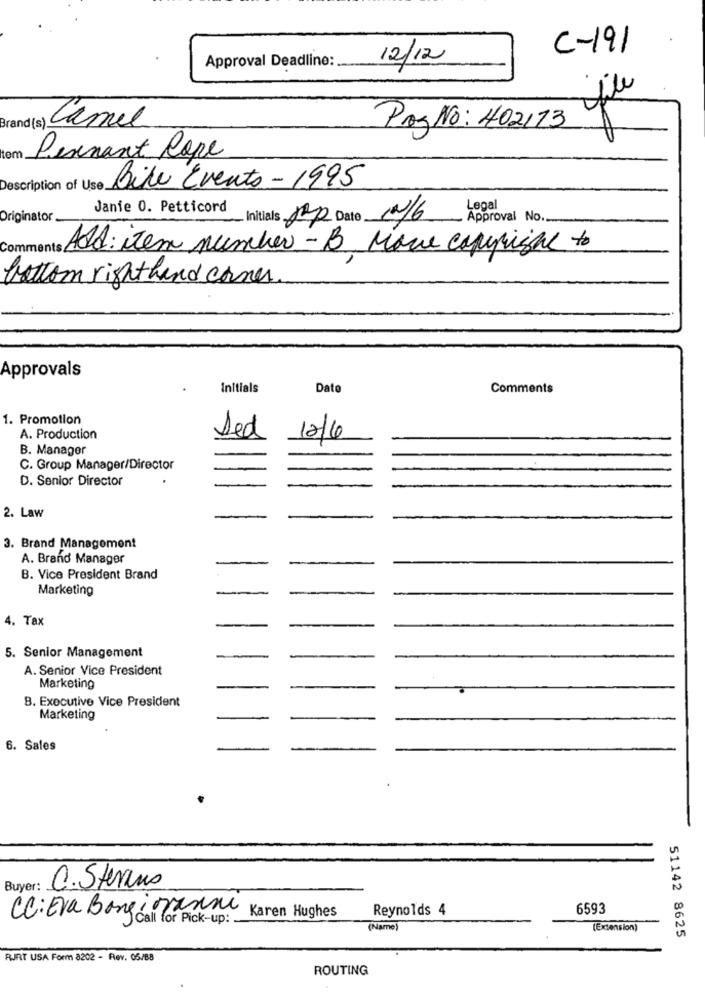
C-191
Approval Deadline:
12/12
file
Stand (s) Camel
Paz No: 402113
tom
Pennant Rope
Description of Use.
Bile Evento - 1995
Janie 0. Petticord
Legal
Originator.
Initials Jap Date 10/6
Approval No.
Add: item number - B Move coppie to
bottom righthand corner
Approvals
Initials
Dato
Comments
1. Promotion
A. Production
Sed
12/6
B. Manager
C. Group Manager/Director
D. Senior Director
2. Law
-
3. Brand Management
A. Brand Manager
.
B. Vice President Brand
Marketing
4. Tax
5. Senior Management
A. Senior Vice President
Marketing
B. Executive Vice President
Marketing
6. Sales
Buyer:
C.Stevens
CC: Era Bongiovanni
Reynolds 4
6593
Karen Hughes
(Name)
(Extension)
51142 8625
RIRT USA Form 8202 - Rev. 05/88
ROUTING